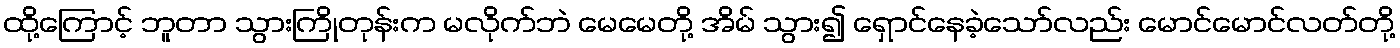
ထို့ကြောင့် ဘူတာ သွားကြိုတုန်းက မလိုက်ဘဲ မေမေတို့ အိမ် သွား၍ ရှောင်နေခဲ့သော်လည်း မောင်မောင်လတ်တို့